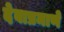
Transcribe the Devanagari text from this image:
देवाप्रमाणे